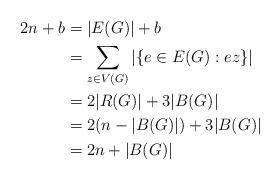
LaTeX: \begin{align*}2n+b&=|E(G)|+b\\&= \sum_{z\in V(G)}|\{e\in E(G): e z\}|\\&=2|R(G)|+3|B(G)|\\&= 2(n-|B(G)|)+3|B(G)|\\&=2n+|B(G)|\\\end{align*}